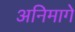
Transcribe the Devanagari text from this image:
अनिमागे